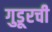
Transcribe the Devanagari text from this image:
गुडूरची